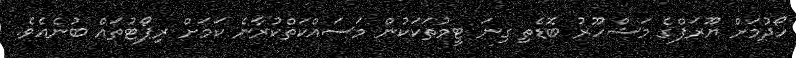
ހޯދުމަށް ޔޫރަޕްގެ މަޝްހޫރު ބޮޑެތި ގިނަ ޓީމުތަކަކުން މަސައްކަތްކުރާނެ ކަމަށް ރިޕޯޓުތައް ބުނެއެވެ.